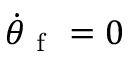
\dot { \theta } _ { \mathrm { ~ f ~ } } = 0